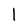
Character: l